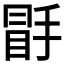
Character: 𭡣